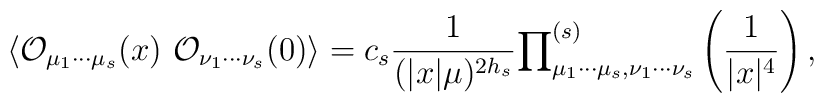
\langle {\cal O}_{\mu _{1}\cdots \mu _{s}}(x)~{\cal O}_{\nu _{1}\cdots \nu_{s}}(0)\rangle =c_{s}\frac{1}{(|x|\mu )^{2h_{s}}}{\prod }_{\mu _{1}\cdots\mu _{s},\nu _{1}\cdots \nu _{s}}^{(s)}\left( \frac{1}{|x|^{4}}\right) ,